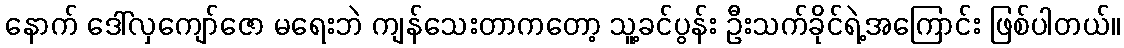
နောက် ဒေါ်လှကျော်ဇော မရေးဘဲ ကျန်သေးတာကတော့ သူ့ခင်ပွန်း ဦးသက်ခိုင်ရဲ့အကြောင်း ဖြစ်ပါတယ်။